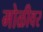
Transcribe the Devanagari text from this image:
मोळीवर